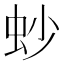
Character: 䖢